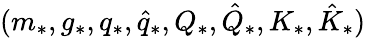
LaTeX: (m_{*},g_{*},q_{*},\hat{q}_{*},Q_{*},\hat{Q}_{*},K_{*},\hat{K}_{*})